Civil Veterinary Department. United Provinces 1912-22 - 1912-1922
Year: 1912
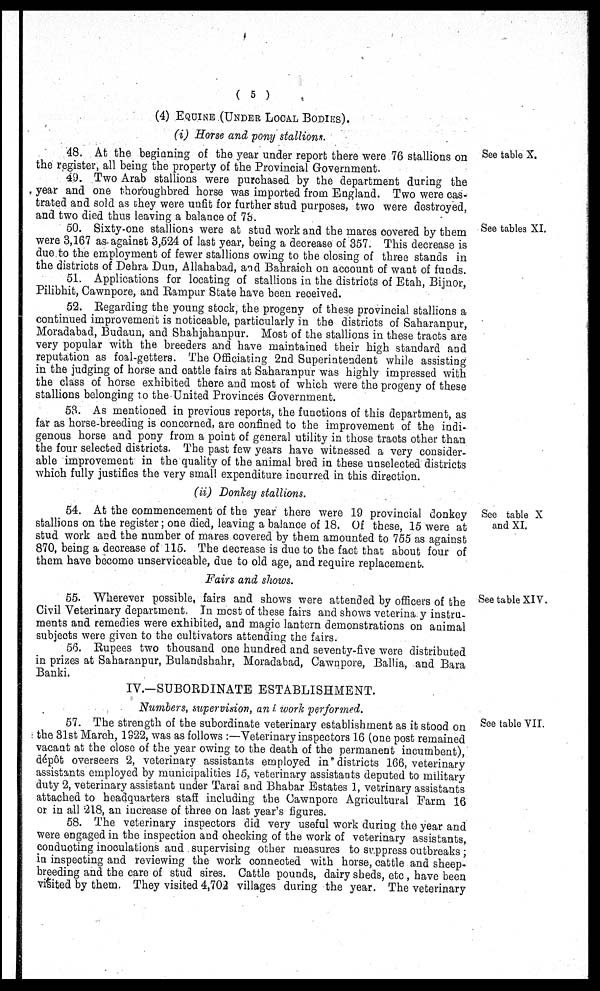
( 5 )
(4) EQUINE (UNDER LOCAL BODIES).
(i) Horse and pony stallions.
See table X.
48. At the beginning of the year under report there were 76 stallions on
the register, all being the property of the Provincial Government.
49. Two Arab stallions were purchased by the department during the
year and one thoroughbred horse was imported from England. Two were cas-
trated and sold as they were unfit for further stud purposes, two were destroyed,
and two died thus leaving a balance of 73.
See tables XI.
50. Sixty-one stallions were at stud work and the mares covered by them
were 3,167 as against 3,524 of last year, being a decrease of 357. This decrease is
due to the employment of fewer stallions owing to the closing of three stands in
the districts of Dehra Dun, Allahabad, and Bahraich on account of want of funds.
5.1. Applications for locating of stallions in the districts of Etah, Bijnor,
Pilibhit, Cawnpore, and Rampur State have been received.
52. Regarding the young stock, the progeny of these provincial stallions a
continued improvement is noticeable, particularly in the districts of Saharanpur,
Moradabad, Budaun, and Shahjahanpur. Most of the stallions in these tracts are
very popular with the breeders and have maintained their high standard and
reputation as foal-getters. The Officiating 2nd Superintendent while assisting
in the judging of horse and cattle fairs at Saharanpur was highly impressed with
the class of horse exhibited there and most of which were the progeny of these
stallions belonging to the United Provinces Government.
53. As mentioned in previous reports, the functions of this department, as
far as horse-breeding is concerned, are confined to the improvement of the indi-
genous horse and pony from a point of general utility in those tracts other than
the four selected districts. The past few years have witnessed a very consider-
able improvement in the quality of the animal bred in these unselected districts
which fully justifies the very small expenditure incurred in this direction.
(ii) Donkey stallions.
See table X
and XI.
54. At the commencement of the year there were 19 provincial donkey
stallions on the register; one died, leaving a balance of 18. Of these, 15 were at
stud work and the number of mares covered by them amounted to 755 as against
870, being a decrease of 115. The decrease is due to the fact that about four of
them have become unserviceable, due to old age, and require replacement.
Fairs and shows.
See table XIV.
55. Wherever possible, fairs and shows were attended by officers of the
Civil Veterinary department. In most of these fairs and shows veterina y instru-
ments and remedies were exhibited, and magic lantern demonstrations on animal
subjects were given to the cultivators attending the fairs.
56. Rupees two thousand one hundred and severity-five were distributed
in prizes at Saharanpur, Bulandshahr, Moradabad, Cawnpore, Ballia, and Bara
Banki.
IV.—SUBORDINATE ESTABLISHMENT.
Numbers, supervision, and work performed.
See table VII.
57. The strength of the subordinate veterinary establishment as it stood on
the 31st March, 1922, was as follows:—Veterinary inspectors 16 (one post remained
vacant at the close of the year owing to the death of the permanent incumbent),
depot overseers 2, veterinary assistants employed in districts 166, veterinary
assistants employed by municipalities 15, veterinary assistants deputed to military
duty 2, veterinary assistant under Tarai and Bhabar Estates 1, vetrinary assistants
attached to headquarters staff including the Cawnpore Agricultural Farm 16
or in all 218, an increase of three on last year's figures.
58. The veterinary inspectors did very useful work during the year and
were engaged in the inspection and checking of the work of veterinary assistants,
conducting inoculations and supervising other measures to suppress outbreaks;
in inspecting and reviewing the work connected with horse, cattle and sheep-
breeding and the care of stud sires. Cattle pounds, dairy sheds, etc, have been
visited by them. They visited 4,702 villages during the year. The veterinary